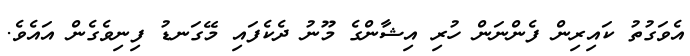
އެވަގުތު ކައިރިން ފެންނަން ހުރި އިޝާންގެ މޫނު ދެކެފައި މޭގަނޑު ފިނިވެގެން އައެވެ.